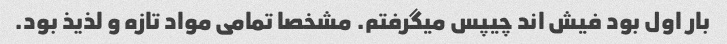
بار اول بود فیش اند چیپس میگرفتم. مشخصا تمامی مواد تازه و لذیذ بود.